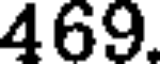
469.